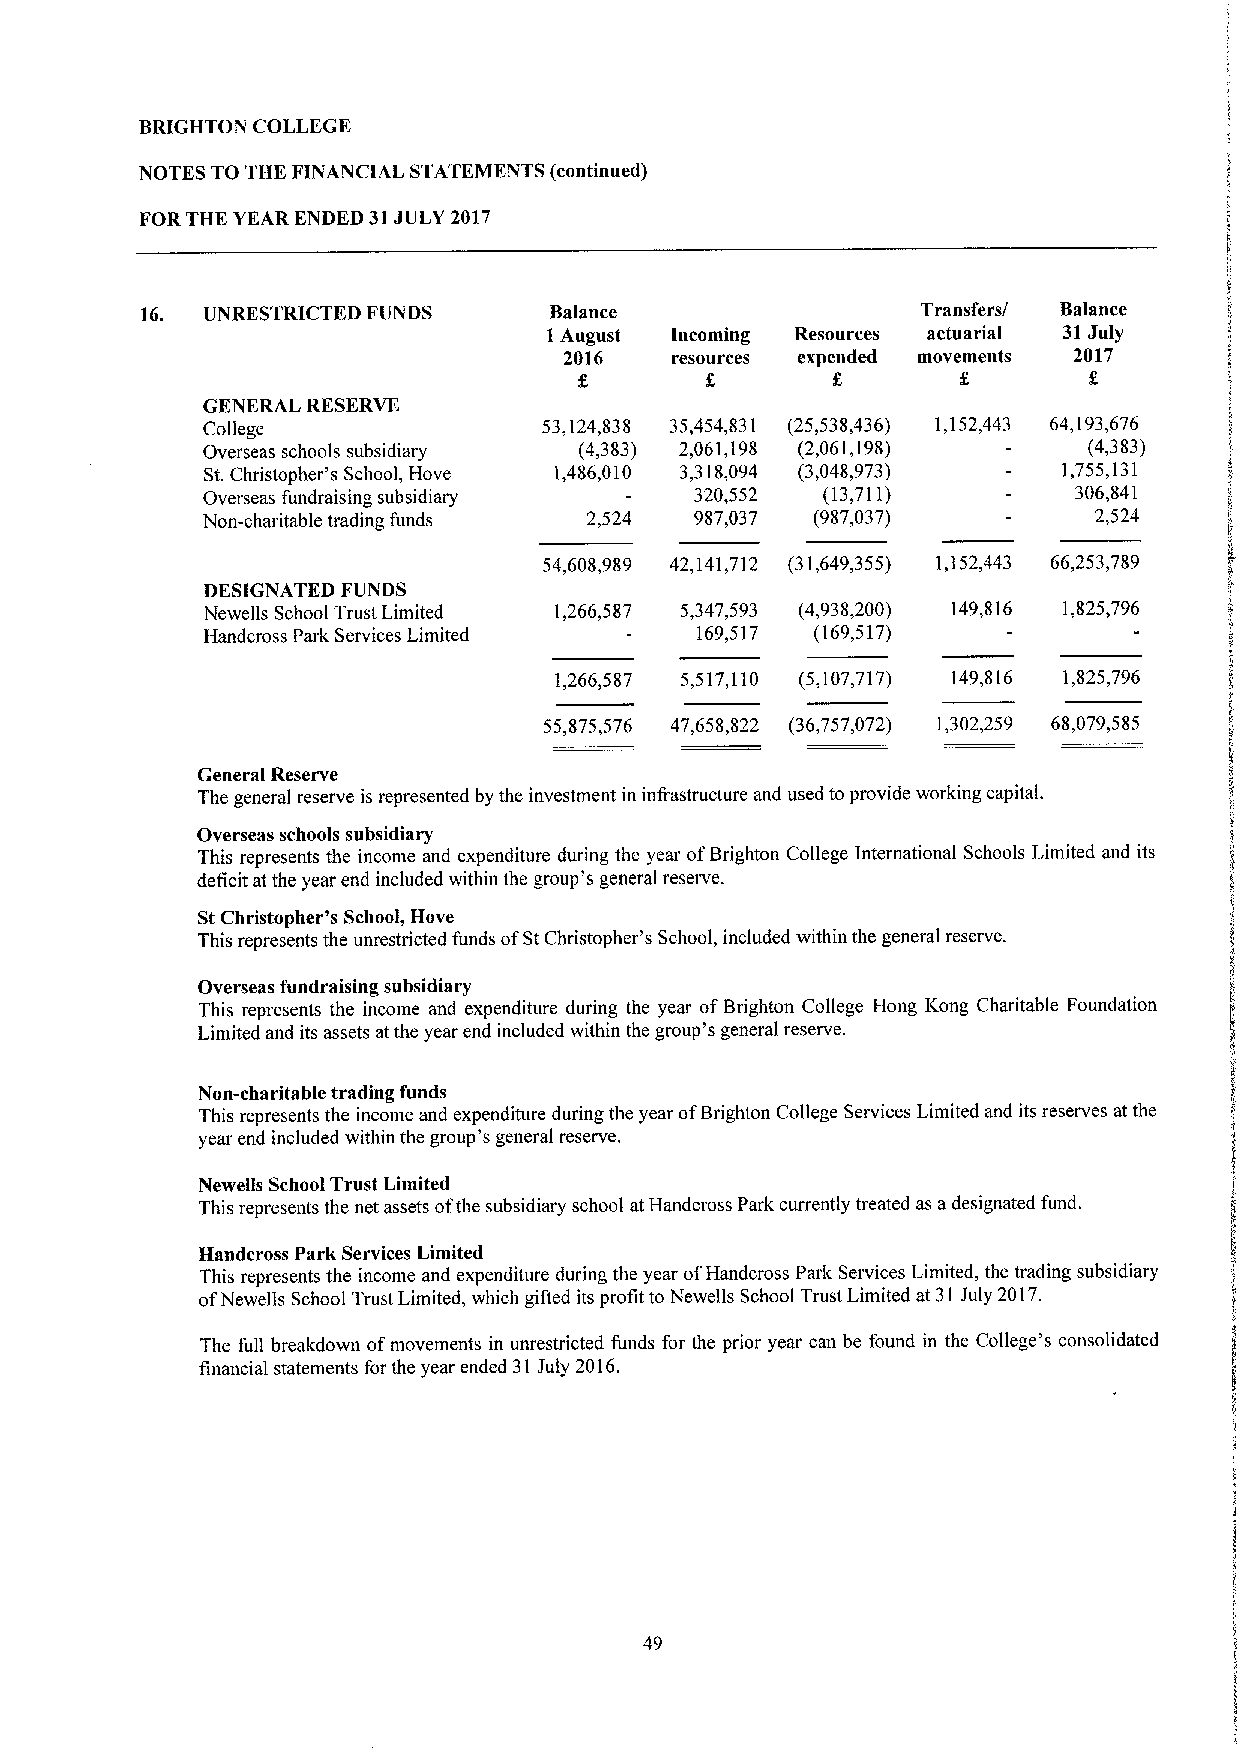
BRIGHTON COLLEGE
 NOTES TO THE FINANCIAL STATEMENTS (continued)
 FORTHE YEAR ENDED 31JULY 2017
 16. UNRESTRICTED FUNDS     Balance                  Transfers/ Balance
 1August Incoming Resources actuarial 31July
 2016   resources expended movements 2017
 GENERAL RESERVE
 College                53,124,838 35,454,831 (25,538,436) 1,152,443 64,193,676
 Overseas schools subsidiary (4,383) 2,061,198 (2,061,198)  (4,383)
 St.Christopher's School, Hove 1,486,010 3,318,094 (3,048,973) 1,755,131
 Overseas fundraising subsidiary  320,552 (13,711)         306,841
 Non-charitable trading funds 2,524 987,037 (987,037)       2,524
 54,608,989 42,141,712 (31,649,355) 1,152,443 66,253,789
 DESIGNATED FUNDS
 Newells School Trust Limited 1,266,587 5 347593 (4,938,200) 149,816 1,825,796
 Handcross Park Services Limited  169,517 (169,517)
 1,266,587 5,517,110 (5,107,717) 149,816 1,825,796
 55,875,576 47,658,822 (36,757,072) 1,302,259 68,079,585
 General Reserve
 The general reserve is represented by the investment in infrastructure and used toprovide working capital.
 Overseas schools subsidiary
 This represents the income and expenditure during the year ofBrighton College International Schools Limited and its
 deficit at the year end included within the group's general reserve.
 StChristopher's School, Hove
 This represents the unrestricted funds ofStChristopher's School, included within the general reserve.
 Overseas fundraising subsidiary
 This represents the income and expenditure during the year ofBrighton College Hong Kong Charitable Foundation
 Limited and its assets atthe year end included within the group's general reserve.
 Non-charitable trading funds
 This represents the income and expenditure during the year ofBrighton College Services Limited and its reserves atthe
 year end included within the group's general reserve.
 Newells School Trust Limited
 This represents the net assets ofthe subsidiary school at Handcross Park currently treated as adesignated fund.
 Handcross Park Services Limited
 This represents the income and expenditure during the year ofHandcross Park Services Limited, the trading subsidiary
 ofNewells School Trust Limited, which gifted its profit to Newells School Trust Limited at 31July 2017.
 The full breakdown ofmovements in unrestricted funds for the prior year can be found in the College's consolidated
 financial statements for the year ended 31July 2016.
 49